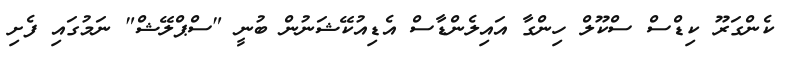
ކެންގަރޫ ކިޑްސް ސްކޫލް ހިންގާ އައިލެންޑާސް އެޑިއުކޭޝަނުން ބުނީ "ސްޕްލޭޝް" ނަމުގައި ފެށި